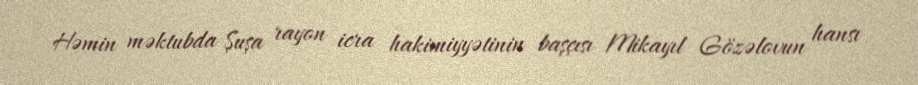
Həmin məktubda Şuşa rayon icra hakimiyyətinin başçısı Mikayıl Gözəlovun hansı